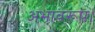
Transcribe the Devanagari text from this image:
अभावरूप।